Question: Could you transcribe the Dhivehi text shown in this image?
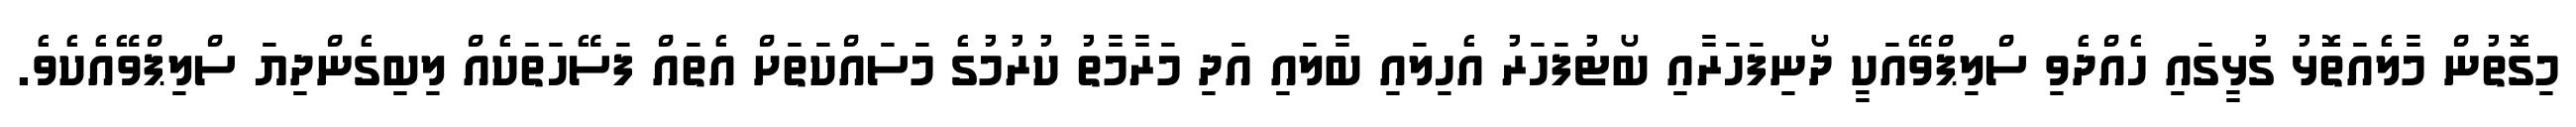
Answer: މިގޮތުން މާލެއަތޮޅު ގުޅީގައި ހެއްދެވި ސްލިޕްވޭއަކީ ދޯނިފަހަރާއި ބޯޓުފަހަރު އެހިލައި ބާލައި އަދި މަރާމާތު ކުރުމުގެ މަސައްކަތަށް އެތައް ފަސޭހަތަކެއް ލިބިގެންދިޔަ ސްލިޕްވޭއެކެވެ.